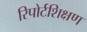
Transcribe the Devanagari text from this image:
रिपोर्टशिक्षण